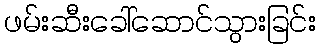
ဖမ်းဆီးခေါ်ဆောင်သွားခြင်း